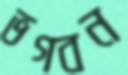
ভগবন